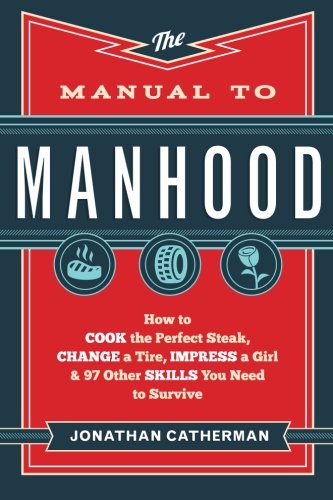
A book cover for The Manual to Manhood: How to Cook the Perfect Steak, Change a Tire, Impress a Girl & 97 Other Skills You Need to Survive; Jonathan Catherman; Reference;